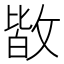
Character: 𭤀